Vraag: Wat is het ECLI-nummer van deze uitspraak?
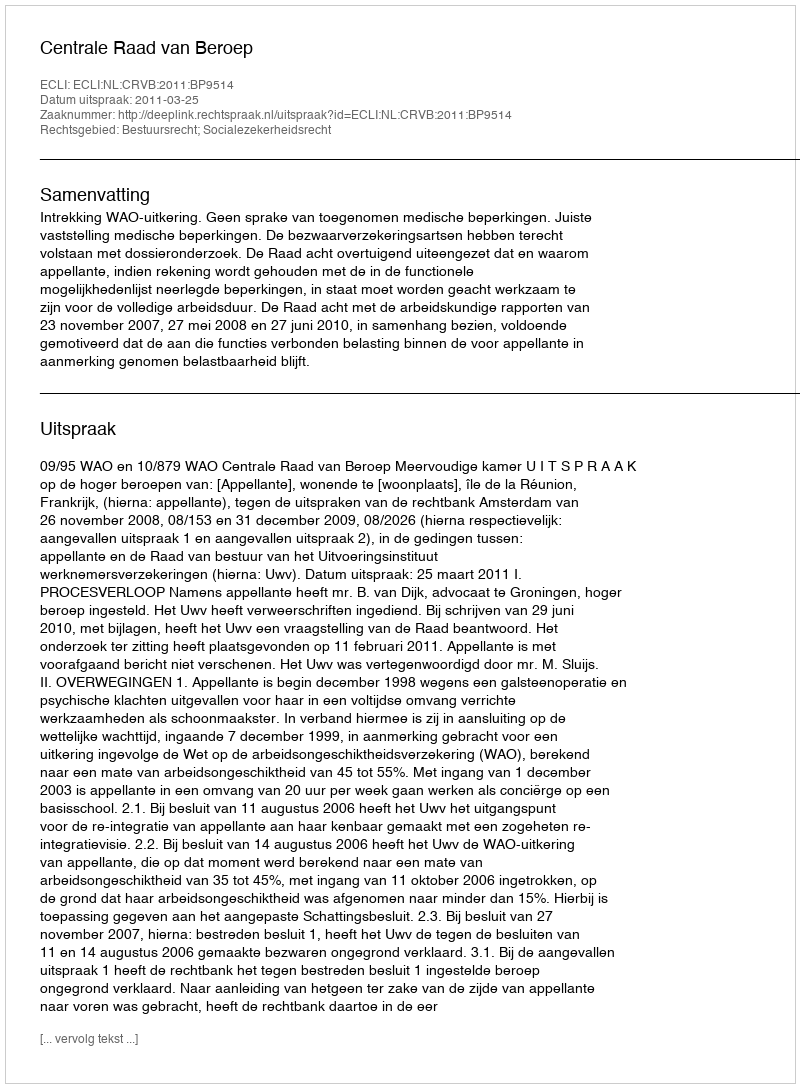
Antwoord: ECLI:NL:CRVB:2011:BP9514